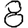
Digit: 8